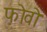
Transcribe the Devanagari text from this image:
फोवो